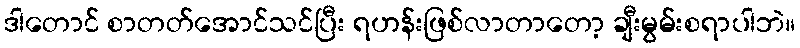
ဒါတောင် စာတတ်အောင်သင်ပြီး ရဟန်းဖြစ်လာတာတော့ ချီးမွမ်းစရာပါဘဲ။